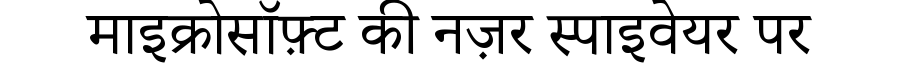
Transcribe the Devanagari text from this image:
माइक्रोसॉफ़्ट की नज़र स्पाइवेयर पर